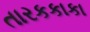
તારકકાકા